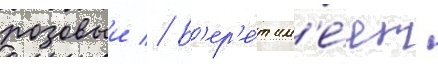
розовыи // Б'ер'е́т им'е́ет